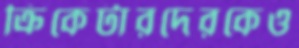
ক্রিকেটারদেরকেও